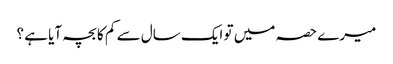
میرے حصہ میں تو ایک سال سے کم کا بچہ آیا ہے ؟